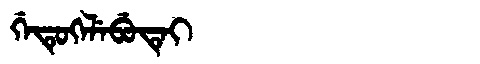
Manchu: ᡤᡝᡨᡠᡴᡝᠯᡝᠪᡠᡨᡝᡳ
Romanization: GETUKELEBUTEI